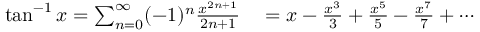
\begin{array} { r l } { \tan ^ { - 1 } x = \sum _ { n = 0 } ^ { \infty } ( - 1 ) ^ { n } { \frac { x ^ { 2 n + 1 } } { 2 n + 1 } } } & { { } = x - { \frac { x ^ { 3 } } { 3 } } + { \frac { x ^ { 5 } } { 5 } } - { \frac { x ^ { 7 } } { 7 } } + \cdots } \end{array}